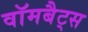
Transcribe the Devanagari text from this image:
वॉमबैट्स